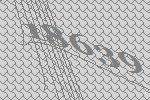
18639